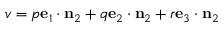
v = p \mathbf { e } _ { 1 } \cdot \mathbf { n } _ { 2 } + q \mathbf { e } _ { 2 } \cdot \mathbf { n } _ { 2 } + r \mathbf { e } _ { 3 } \cdot \mathbf { n } _ { 2 }